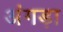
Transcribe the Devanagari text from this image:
अंगड़ा